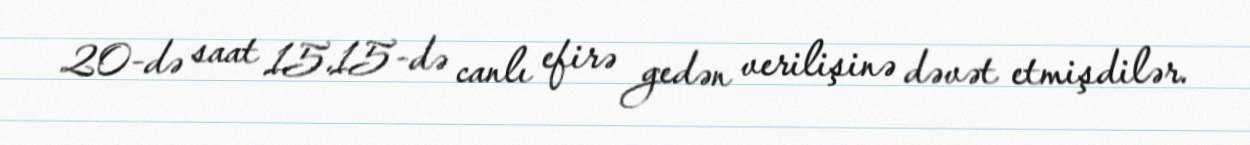
20-də saat 15.15-də canlı efirə gedən verilişinə dəvət etmişdilər.